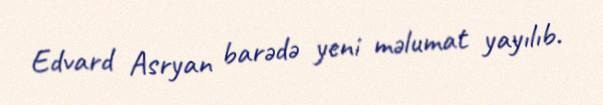
Edvard Asryan barədə yeni məlumat yayılıb.